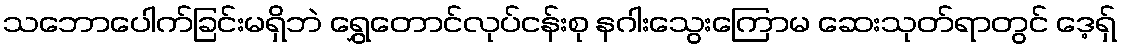
သဘောပေါက်ခြင်းမရှိဘဲ ရွှေတောင်လုပ်ငန်းစု နဂါးသွေးကြောမ ဆေးသုတ်ရာတွင် ဒေ့ရှ်